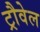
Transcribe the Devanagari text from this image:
ट्रौवेल